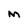
Character: M